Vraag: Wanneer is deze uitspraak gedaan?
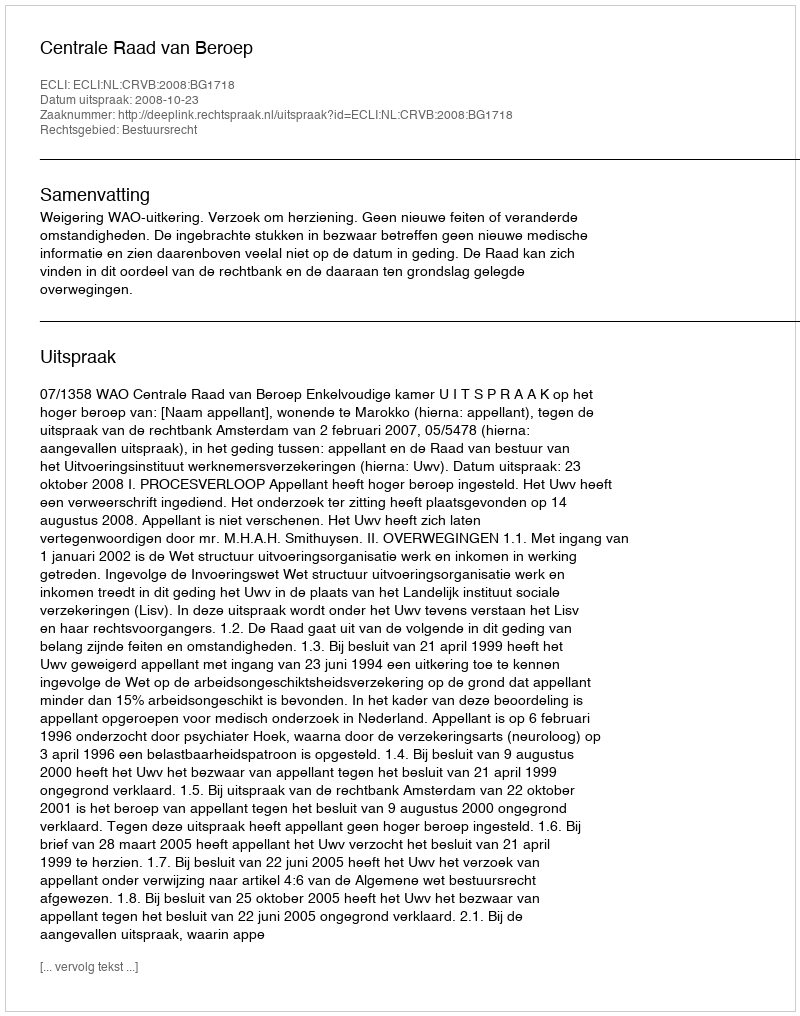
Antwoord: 2008-10-23